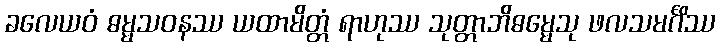
ခလေယဝံ ဓမ္မသဝနဿ ယထာမိတ္တံ ရာဟုဿ သုတ္တာဘိဓမ္မေသု ဖလသမင်္ဂိဿ